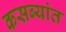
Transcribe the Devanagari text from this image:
कसब्यांत